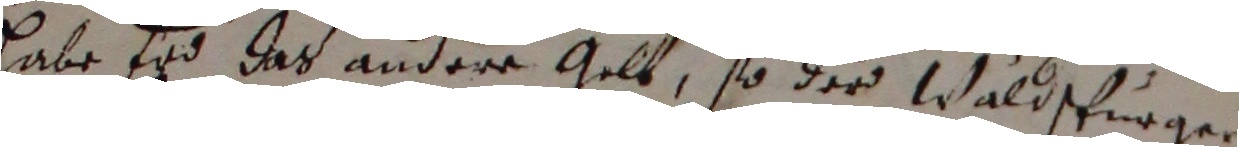
habe ey das andere Gue, so der Waldspunger